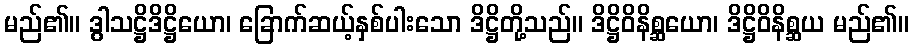
မည်၏။ ဒွါသဋ္ဌိဒိဋ္ဌိယော၊ ခြောက်ဆယ့်နှစ်ပါးသော ဒိဋ္ဌိတို့သည်။ ဒိဋ္ဌိဝိနိစ္ဆယော၊ ဒိဋ္ဌိဝိနိစ္ဆယ မည်၏။